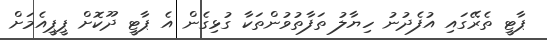
ޕާޓީ ތެރޭގައި އުފެދުނު ހިޔާލު ތަފާތުވުންތަކާ ގުޅިގެން އެ ޕާޓީ ދޫކޮށް ޕީޕީއެމަށް